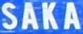
SAKA